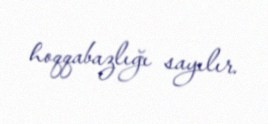
hoqqabazlığı sayılır.